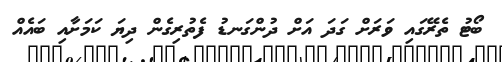
ބޯޓު ތެރޭގައި ވަރަށް ގަދަ އަށް ދުންގަނޑު ފެތުރިގެން ދިޔަ ކަމަށާއި ބައެއް